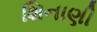
શિનાણી